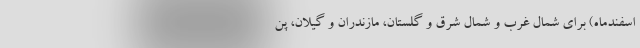
اسفندماه) برای شمال غرب و شمال شرق و گلستان، مازندران و گیلان، پن